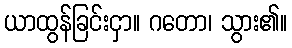
ယာထွန်ခြင်းငှာ။ ဂတော၊ သွား၏။